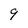
Character: 9